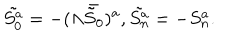
\tilde { S _ { 0 } ^ { a } } = - ( \Lambda \bar { \tilde { S } _ { 0 } } ) ^ { a } , \tilde { S _ { n } ^ { a } } = - S _ { n } ^ { a } .